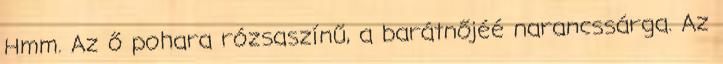
Hmm. Az ő pohara rózsaszínű, a barátnőjéé narancssárga. Az